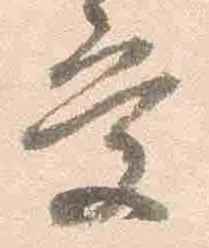
受